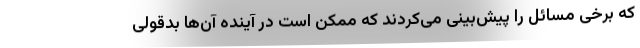
که برخی مسائل را پیش‌بینی می‌کردند که ممکن است در آینده آن‌ها بدقولی